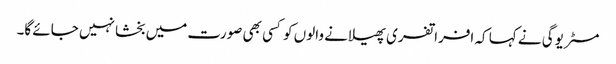
مسٹر یوگی نے کہا کہ افراتفری پھیلانے والوں کو کسی بھی صورت میں بخشا نہیں جائے گا۔